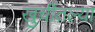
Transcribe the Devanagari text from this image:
खुर्चीतल्या